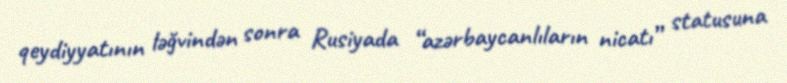
qeydiyyatının ləğvindən sonra Rusiyada “azərbaycanlıların nicatı” statusuna